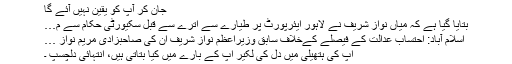
جان کر آپ کو یقین نہیں آئے گا
بتایا گیا ہے کہ میاں نواز شریف نے لاہور ایئرپورٹ پر طیارے سے اترے سے قبل سکیورٹی حکام سے م…
اسلام آباد: احتساب عدالت کے فیصلے کےخلاف سابق وزیراعظم نواز شریف ان کی صاحبزادی مریم نواز …
آپ کی ہتھیلی میں دل کی لکیر آپ کے بارے میں کیا بتاتی ہیں، انتہائی دلچسپ ۔